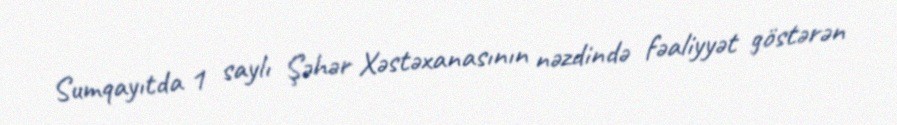
Sumqayıtda 1 saylı Şəhər Xəstəxanasının nəzdində fəaliyyət göstərən